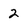
Character: 2